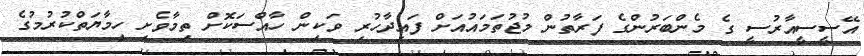
އޭސީސީއާރުސީ ގެ މެންބަރުންގެ ފަރާތުން މުޖުތަމައުއަށް ފައިދާހުރި ވަކިން ހާއްސަކޮށް ތިމާވެށި ހިމާޔަތްކުރުމުގެ